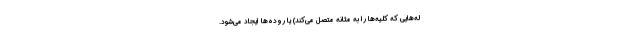
له‌هایی که کلیه‌ها را به مثانه متصل می‌کند) یا روده‌ها ایجاد می‌شود.